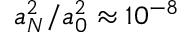
a _ { N } ^ { 2 } / a _ { 0 } ^ { 2 } \approx 1 0 ^ { - 8 }